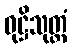
ဝုဋ္ဌိသုတ္တံ